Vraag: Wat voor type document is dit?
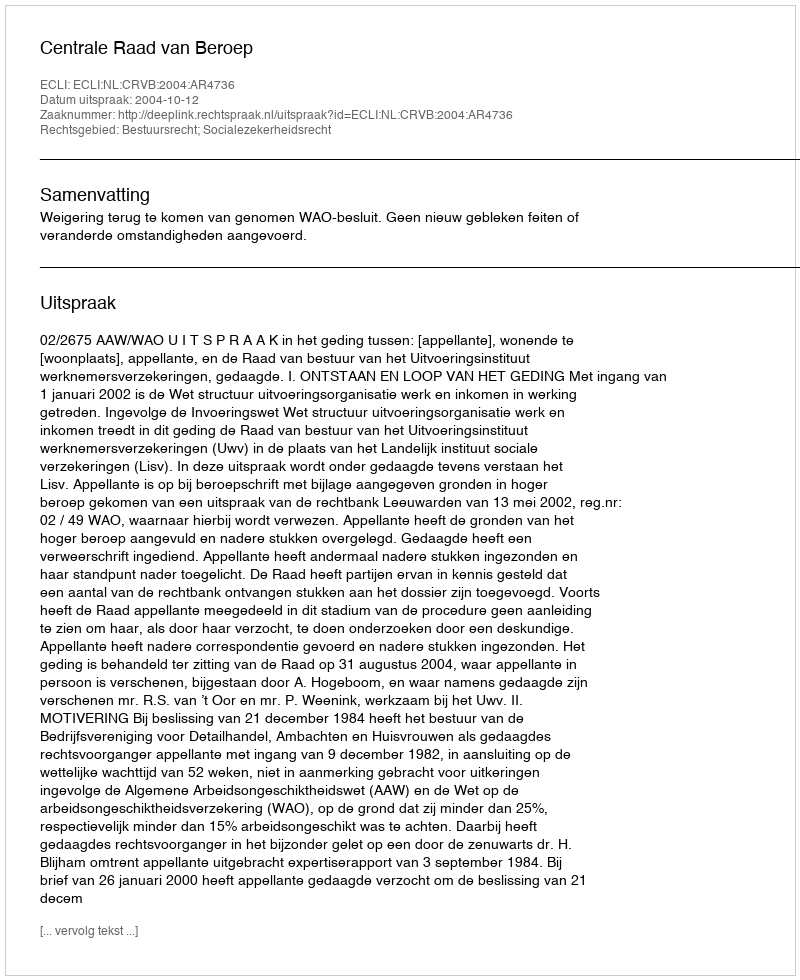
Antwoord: Uitspraak